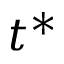
t ^ { * }